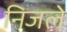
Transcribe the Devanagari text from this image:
निजले